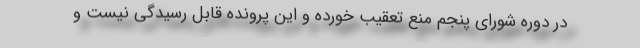
در دوره شورای پنجم منع تعقیب خورده و این پرونده قابل رسیدگی نیست و